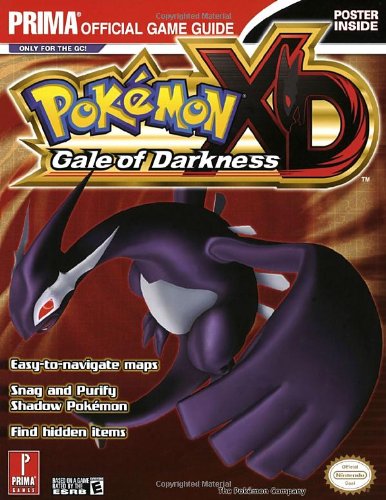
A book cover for Pokemon XD: Gale of Darkness (Prima Official Game Guide); James Hogwood; Computers & Technology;